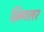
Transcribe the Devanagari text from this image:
ज़िगलर